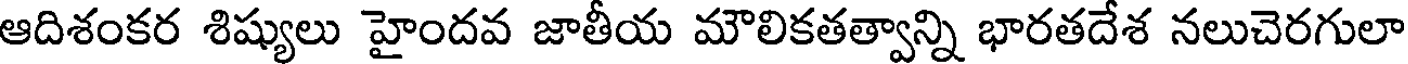
ఆదిశంకర శిష్యులు హైందవ జాతీయ మౌలికతత్వాన్ని భారతదేశ నలుచెరగులా